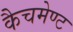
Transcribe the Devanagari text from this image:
कैचमेण्ट